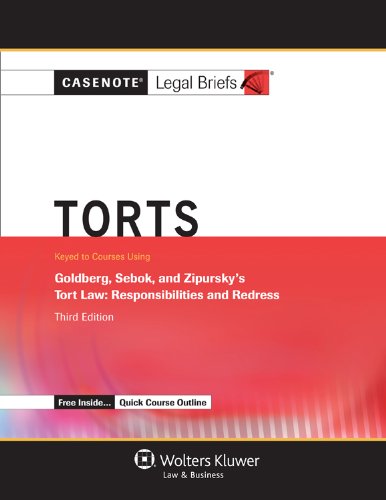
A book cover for Casenote Legal Briefs: Torts, Keyed to Goldberg, Sebok, & Ziprusky, Third Edition; Casenote Legal Briefs; Law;